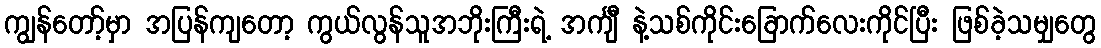
ကျွန်တော့်မှာ အပြန်ကျတော့ ကွယ်လွန်သူအဘိုးကြီးရဲ့ အင်္ကျီ နဲ့သစ်ကိုင်းခြောက်လေးကိုင်ပြီး ဖြစ်ခဲ့သမျှတွေ